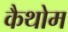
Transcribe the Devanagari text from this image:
कैथोम